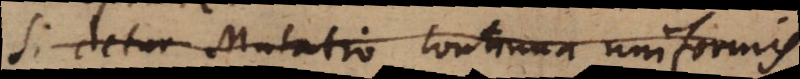
Si detur Mutatio continua uniformis